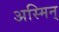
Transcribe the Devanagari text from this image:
अस्मिन्